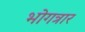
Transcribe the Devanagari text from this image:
भोगत्रार